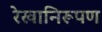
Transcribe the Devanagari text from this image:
रेखानिरूपण